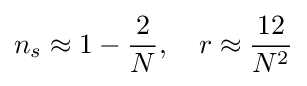
n_{s}\approx 1-{\frac {2}{N}},\quad r\approx {\frac {12}{N^{2}}}